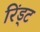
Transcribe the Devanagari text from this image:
रिंड्ट